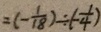
= ( - \frac { 1 } { 1 8 } ) \div ( - \frac { 1 } { 4 } )